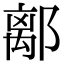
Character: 𨝏